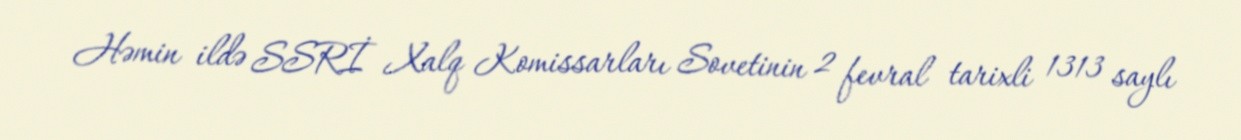
Həmin ildə SSRİ Xalq Komissarları Sovetinin 2 fevral tarixli 1313 saylı